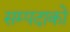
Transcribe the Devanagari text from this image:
सम्पदाको